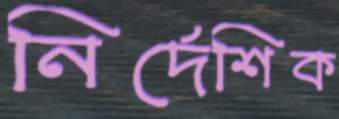
নির্দেশিক